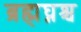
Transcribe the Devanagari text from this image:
ब्रह्मघ्नश्च